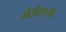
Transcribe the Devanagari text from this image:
बेसेसच्या